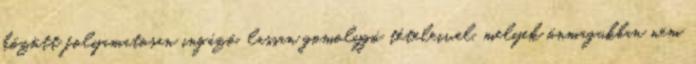
között folyamatosan ingázó, lassan gomolygó tételeivel, melyek önmagukban nem